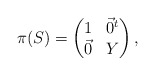
\begin{align*}\pi(S) = \begin{pmatrix} 1 & \vec{0}^{t} \\ \vec{0} & Y \end{pmatrix},\end{align*}